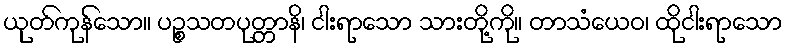
ယုတ်ကုန်သော။ ပဉ္စသတပုတ္တာနိ၊ ငါးရာသော သားတို့ကို။ တာသံယေဝ၊ ထိုငါးရာသော